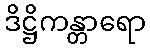
ဒိဋ္ဌိကန္တာရော